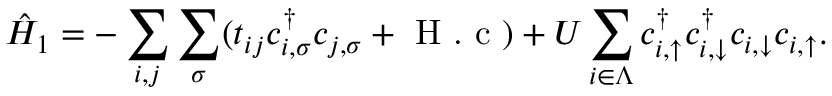
\hat { H } _ { 1 } = - \sum _ { i , j } \sum _ { \sigma } ( t _ { i j } c _ { i , \sigma } ^ { \dagger } c _ { j , \sigma } + \textnormal { H . c } ) + U \sum _ { i \in \Lambda } c _ { i , \uparrow } ^ { \dagger } c _ { i , \downarrow } ^ { \dagger } c _ { i , \downarrow } c _ { i , \uparrow } .